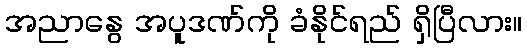
အညာနွေ အပူဒဏ်ကို ခံနိုင်ရည် ရှိပြီလား။